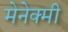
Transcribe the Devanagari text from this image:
मेनेक्मी